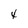
Character: 4